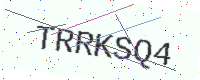
Text: TRRKSQ4